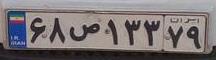
۶۸ص۱۳۳۷۹